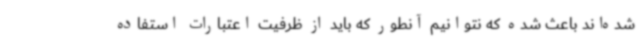
شده‌اند باعث شده که نتوانیم آنطور که باید از ظرفیت اعتبارات استفاده